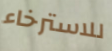
للاسترخاء